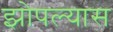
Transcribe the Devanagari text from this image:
झोपल्यास